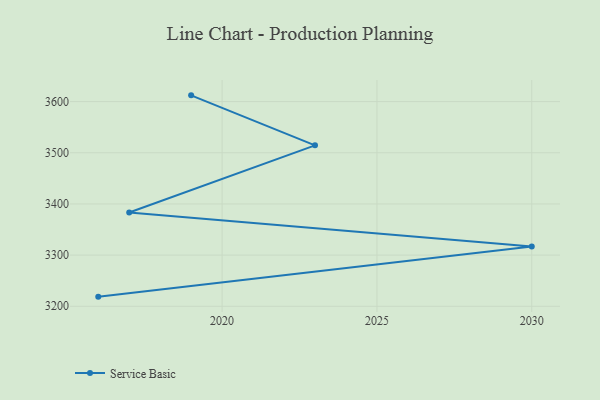
{"axis": {"x": "Year", "y": "Inventory Turnover"}, "legend": ["Service Basic"], "data": [{"x": "2016", "y": 3218.8, "type": "Service Basic"}, {"x": "2030", "y": 3316.8, "type": "Service Basic"}, {"x": "2017", "y": 3383.2, "type": "Service Basic"}, {"x": "2023", "y": 3514.5, "type": "Service Basic"}, {"x": "2019", "y": 3612.2, "type": "Service Basic"}]}